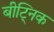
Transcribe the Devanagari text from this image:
बीट्निक